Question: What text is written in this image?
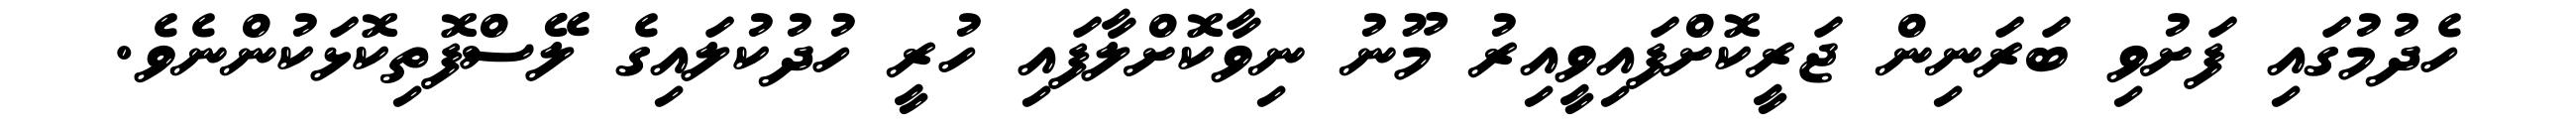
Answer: ހެދުމުގައި ފަށުވި ބަރަނިން ޖަރީކޮށްފައިވީއިރު މޫނު ނިވާކޮށްލާފައި ހުރީ ހުދުކުލައިގެ ލޭސްފޮތިކޮޅަކުންނެވެ.